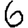
Digit: 6